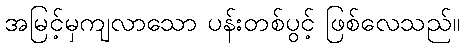
အမြင့်မှကျလာသော ပန်းတစ်ပွင့် ဖြစ်လေသည်။